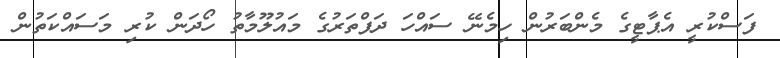
ފަސްކުރީ އެޕާޓީގެ މެންބަރުން ހިމެނޭ ސައްހަ ދަފްތަރުގެ މައުލޫމާތު ހޯދަން ކުރި މަސައްކަތުން